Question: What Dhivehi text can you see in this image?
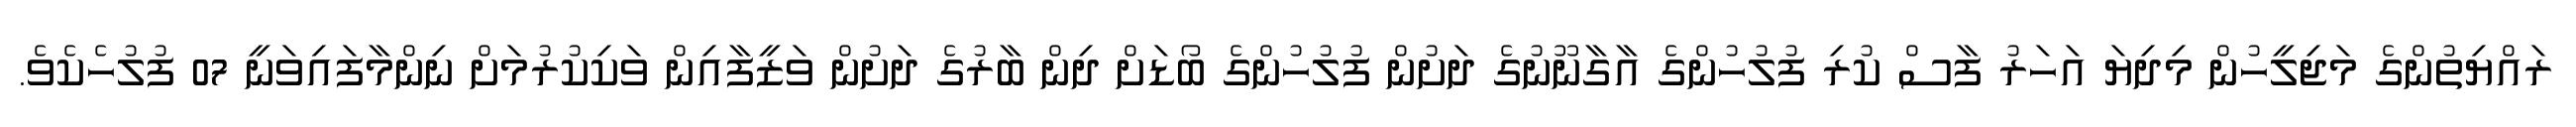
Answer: ރައްޔިތުންގެ މަޖިލީހުން މިދިޔަ އަހަރު ފާސް ކުރި ފުލުހުންގެ އާގާނޫނުގެ ދަށުން ފުލުހުންގެ ބޯޑަށް ދިން ބާރުގެ ދަށުން ވަޒީފާއިން ވަކިކުރުމަށް ނިންމާފައިވަނީ 07 ފުލުހެކެވެ.